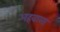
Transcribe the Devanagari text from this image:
अहवाला